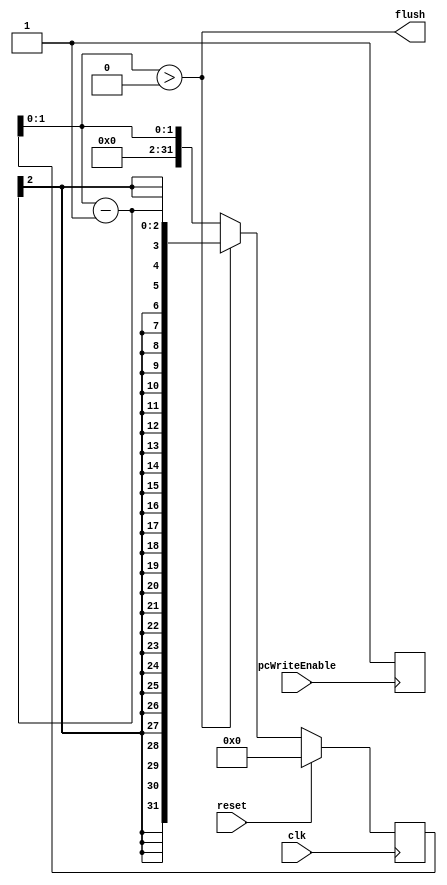
// This program was cloned from: https://github.com/immortalrover/riscvcpu
// License: MIT License

module Flush (
	input			clk, reset, pcWriteEnable,
	output		flush
);

integer i = 0;

assign flush = i > 0;

always @(posedge pcWriteEnable) if (pcWriteEnable) i = 3;

always @(posedge clk)
begin
	if (reset) i = 0;
	else if (flush) i = i - 1;
end

endmodule